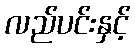
လည်ပင်းနှင့်